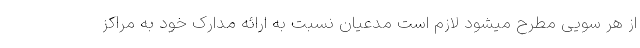
از هر سویی مطرح میشود لازم است مدعیان نسبت به ارائه مدارک خود به مراکز